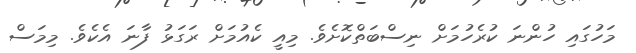
މަހުގައި ހުންނަ ކުރެހުމަށް ނިސްބަތްކޮށެވެ. މިއީ ކެއުމަށް ރަގަޅު ފާނަ އެކެވެ. މިމަސް